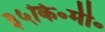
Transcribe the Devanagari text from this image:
३५कि॰मी॰